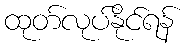
ထုတ်လုပ်နိုင်ရန်